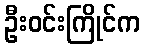
ဦးဝင်းကြိုင်က